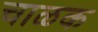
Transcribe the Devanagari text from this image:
चाळक